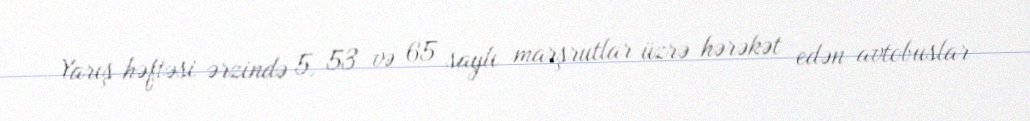
Yarış həftəsi ərzində 5, 53 və 65 saylı marşrutlar üzrə hərəkət edən avtobuslar